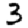
Digit: 3